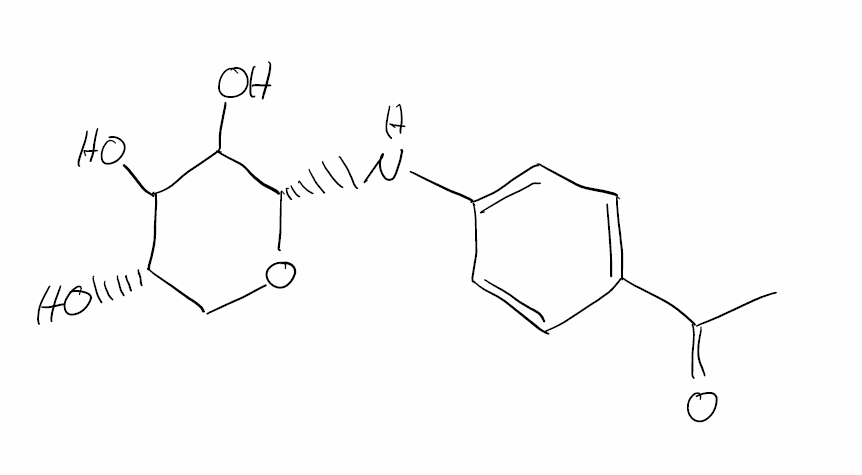
Simplified molecular-input line-entry system (SMILES) notation of the given molecule:
CC(=O)C1=CC=C(C=C1)N[C@H]2C(C([C@H](CO2)O)O)O